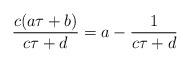
LaTeX: \begin{align*} \frac{c(a\tau +b)}{c\tau +d} =a-\frac{1}{c\tau +d} \end{align*}